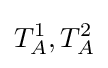
T_{A}^{1},T_{A}^{2}